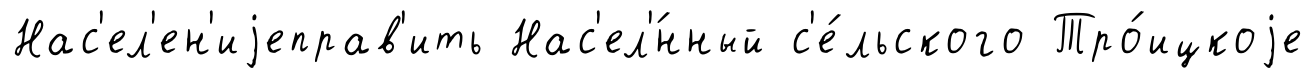
Нас'ел'ен'иjеправ'ить Нас'ел'́нный с'е́льского Тро́ицкоjе